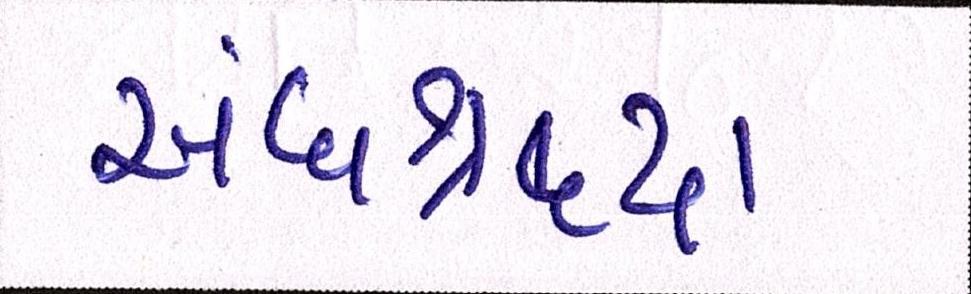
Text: અંધશ્રદ્ધા